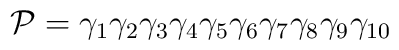
{\cal P} = {\gamma}_{1}{\gamma}_{2}{\gamma}_{3}{\gamma}_{4}{\gamma}_{5}{\gamma}_{6}{\gamma}_{7}{\gamma}_{8}{\gamma}_{9}{\gamma}_{10}